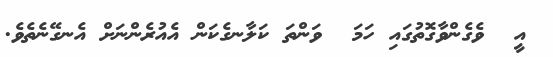
އީ  ވެގެންވާގޮތުގައި ހަމަ  ވަންތަ ކަލާނގެކަން އެއުރެންނަށް އެނގޭނެތެވެ.